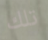
تلك